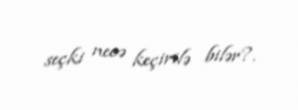
seçki necə keçirilə bilər?.